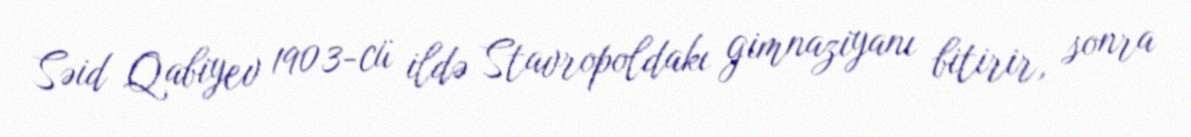
Səid Qabiyev 1903-cü ildə Stavropoldakı gimnaziyanı bitirir, sonra